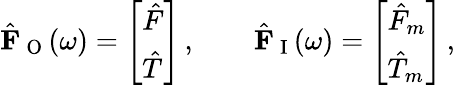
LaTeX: \hat{\mathbf{F}}_{\mathrm{~O~}}(\omega)=\left[\begin{array}{l}{\hat{F}}\\ {\hat{T}}\end{array}\right]\, ,\qquad\hat{\mathbf{F}}_{\mathrm{~I~}}(\omega)=\left[\begin{array}{l}{\hat{F}_{m}}\\ {\hat{T}_{m}}\end{array}\right]\, ,